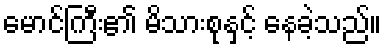
မောင်ကြီး၏ မိသားစုနှင့် နေခဲ့သည်။